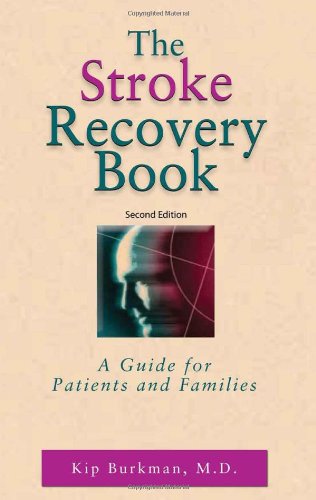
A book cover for The Stroke Recovery Book: A Guide for Patients and Families; Kip Burkman MD; Health, Fitness & Dieting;